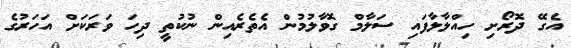
އެގޭ ދޮރޯށި ހިއްލާލާފައި ސަލާމް ގޮވާލުމުން އެތެރެއިން ނުކުތީ ދިހަ ވަރަކަށް އަހަރުގެ